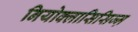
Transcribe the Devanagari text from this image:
नियोक्लासिसिज्म़